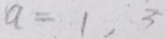
a = 1 , 3